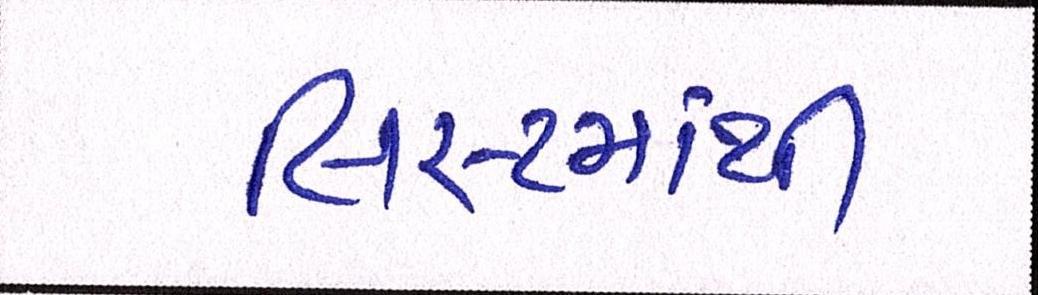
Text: લિસ્ટમાંથી